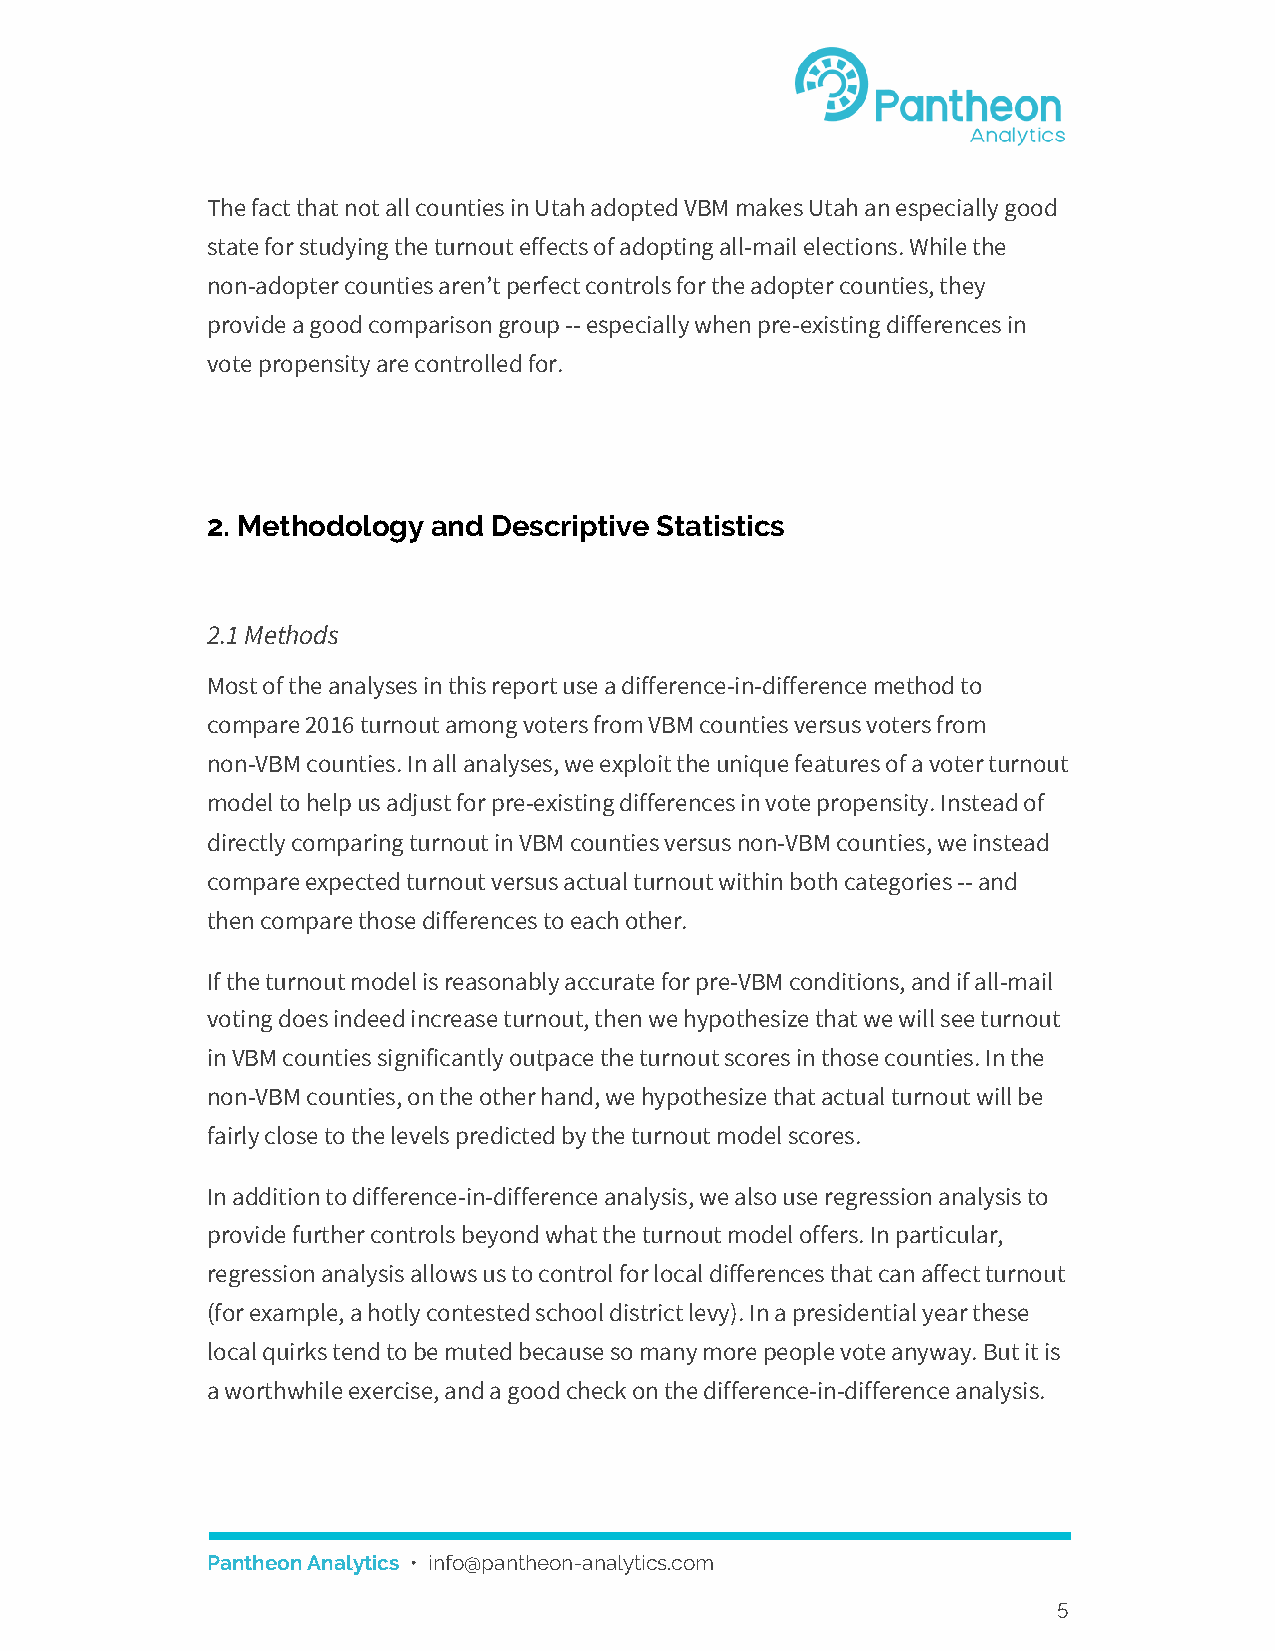
The fact that not all counties in Utah adopted VBM makes Utah an especially good
 state for studying the turnout effects of adopting all-mail elections. While the
 non-adopter counties aren’t perfect controls for the adopter counties, they
 provide a good comparison group -- especially when pre-existing differences in
 vote propensity are controlled for.
 2. Methodology and Descriptive Statistics
 2.1 Methods
 Most of the analyses in this report use a difference-in-difference method to
 compare 2016 turnout among voters from VBM counties versus voters from
 non-VBM counties. In all analyses, we exploit the unique features of a voter turnout
 model to help us adjust for pre-existing differences in vote propensity. Instead of
 directly comparing turnout in VBM counties versus non-VBM counties, we instead
 compare expected turnout versus actual turnout within both categories -- and
 then compare those differences to each other.
 If the turnout model is reasonably accurate for pre-VBM conditions, and if all-mail
 voting does indeed increase turnout, then we hypothesize that we will see turnout
 in VBM counties significantly outpace the turnout scores in those counties. In the
 non-VBM counties, on the other hand, we hypothesize that actual turnout will be
 fairly close to the levels predicted by the turnout model scores.
 In addition to difference-in-difference analysis, we also use regression analysis to
 provide further controls beyond what the turnout model offers. In particular,
 regression analysis allows us to control for local differences that can affect turnout
 (for example, a hotly contested school district levy). In a presidential year these
 local quirks tend to be muted because so many more people vote anyway. But it is
 a worthwhile exercise, and a good check on the difference-in-difference analysis.
 Pantheon Analytics • info@pantheon-analytics.com
 ​
 5